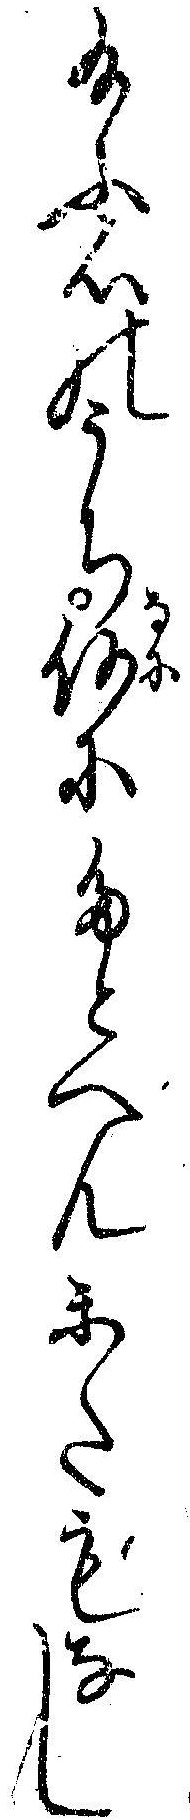
給ふ心のうち何にたとへんかたもなし